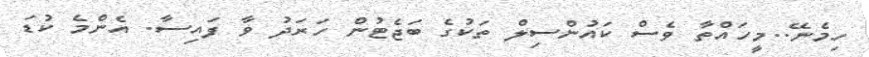
ހިމެނޭ..މީހައްތާ ވެސް ކައުންސިލް ތަކުގެ ބަޖެޓުން ހަރަދު ވާ ފައިސާ. އެންމެ ކުޑަ